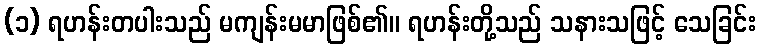
(၁) ရဟန်းတပါးသည် မကျန်းမမာဖြစ်၏။ ရဟန်းတို့သည် သနားသဖြင့် သေခြင်း